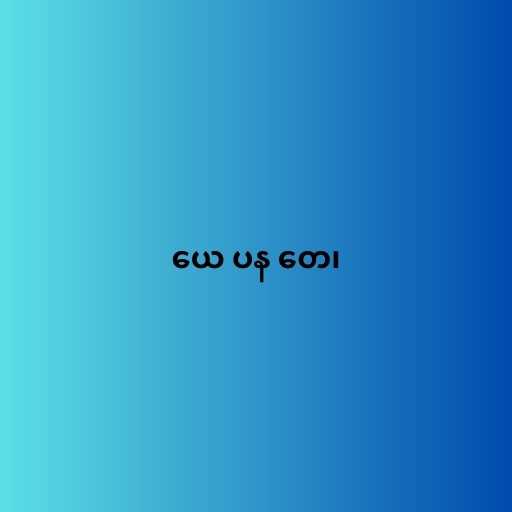
ယေ ပန တေ၊